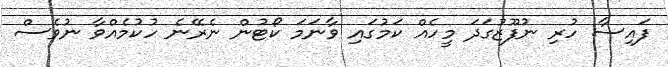
ފައިސާ ހުރި ނުފޫޒުގަދަ މީހެއް ކަމުގައި ވާނަމަ ކޯޓުން ނެރޭނެ ހުކުމެއްވާ ނުވެސް